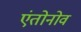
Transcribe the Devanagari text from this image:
एंतोनोव